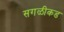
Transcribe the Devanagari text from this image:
सगळीकड